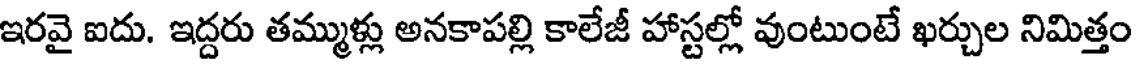
ఇరవై ఐదు. ఇద్దరు తమ్ముళ్లు అనకాపల్లి కాలేజీ హాస్టల్లో వుంటుంటే ఖర్చుల నిమిత్తం